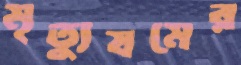
মৃত্যুযমের